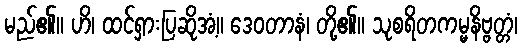
မည်၏။ ဟိ၊ ထင်ရှားပြဆိုအံ့။ ဒေဝတာနံ၊ တို့၏။ သုစရိတကမ္မနိဗ္ဗတ္တံ၊